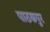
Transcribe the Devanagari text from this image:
पाठकपुर